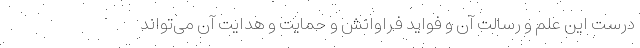
درست این علم و رسالتِ آن و فواید فراوانش و حمایت و هدایت آن می‌تواند